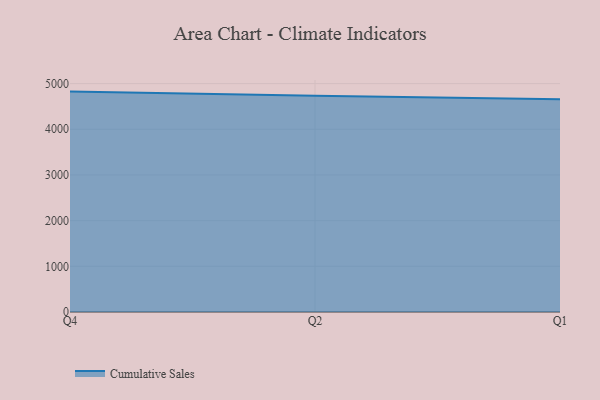
{"axis": {"x": "Quarter", "y": "Active Users"}, "legend": ["Cumulative Sales"], "data": [{"x": "Q4", "y": 4825.1, "type": "Cumulative Sales"}, {"x": "Q2", "y": 4731.7, "type": "Cumulative Sales"}, {"x": "Q1", "y": 4655.6, "type": "Cumulative Sales"}]}